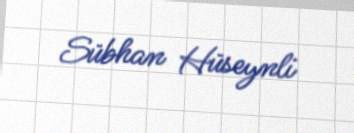
Sübhan Hüseynli